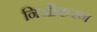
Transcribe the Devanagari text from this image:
निजीकरन